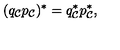
( q _ { \cal C } p _ { \cal C } ) ^ { * } = q _ { \cal C } ^ { * } p _ { \cal C } ^ { * } ,